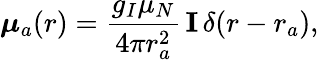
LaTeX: \boldsymbol\mu_{a}(r)=\frac{g_{I}\mu_{N}}{4\pi r_{a}^{2}}\, \mathbf{I}\, \delta(r-r_{a}),